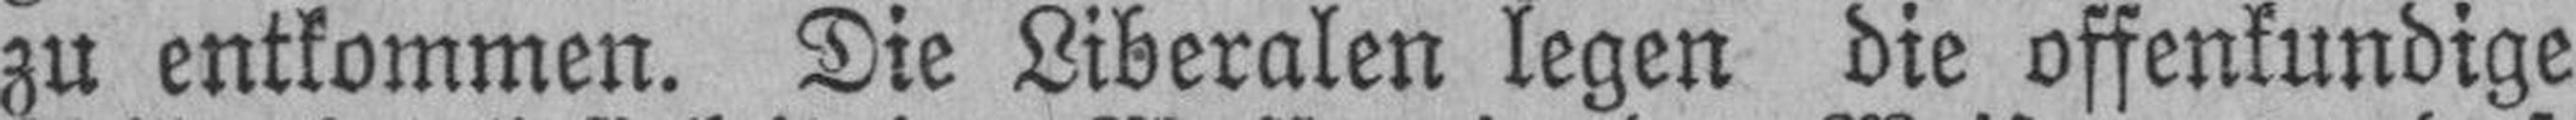
zu entkommen. Die Liberalen legen die offenkundige